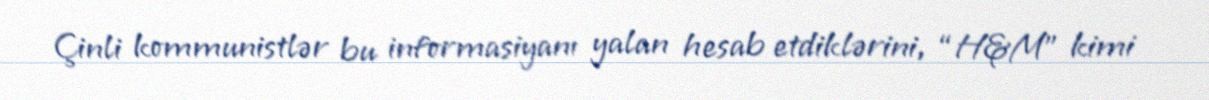
Çinli kommunistlər bu informasiyanı yalan hesab etdiklərini, “H&M” kimi